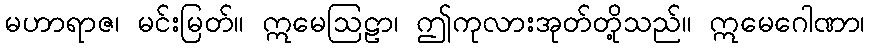
မဟာရာဇ၊ မင်းမြတ်။ ဣမေဩဠာ၊ ဤကုလားအုတ်တို့သည်။ ဣမေဂေါဏာ၊